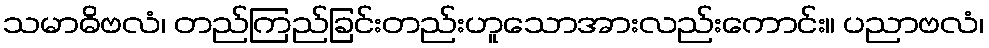
သမာဓိဗလံ၊ တည်ကြည်ခြင်းတည်းဟူသောအားလည်းကောင်း။ ပညာဗလံ၊